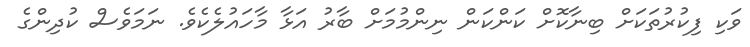
ވަކި ފިކުރުތަކަށް ބިނާކޮށް ކަންކަން ނިންމުމަށް ބާރު އަޅާ މާހައުލެކެވެ. ނަމަވެސް ކުދިންގެ